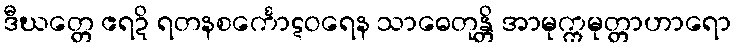
ဒီဃတ္တေ ဧရဍိ ရတနစင်္ကောဋဝရေန သာဓေတုန္တိ အာမုက္ကမုတ္တာဟာရော